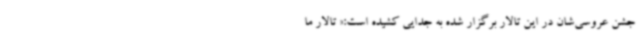
جشن عروسی‌شان در این تالار برگزار شده به جدایی کشیده است:« تالار ما